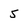
Character: 5